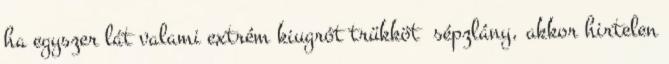
ha egyszer lát valami extrém kiugrót trükköt sépzlány, akkor hirtelen